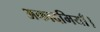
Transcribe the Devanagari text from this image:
अकादमियाँ।